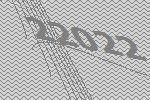
22022